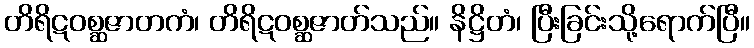
တိရိဋဝစ္ဆဇာတကံ၊ တိရိဋဝစ္ဆဇာတ်သည်။ နိဋ္ဌိတံ၊ ပြီးခြင်းသို့ရောက်ပြီ။